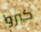
كبروا